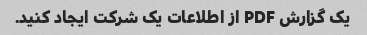
یک گزارش PDF از اطلاعات یک شرکت ایجاد کنید.